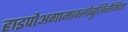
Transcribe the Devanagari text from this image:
हाइपोअगामाग्लोबुलिनेमिया